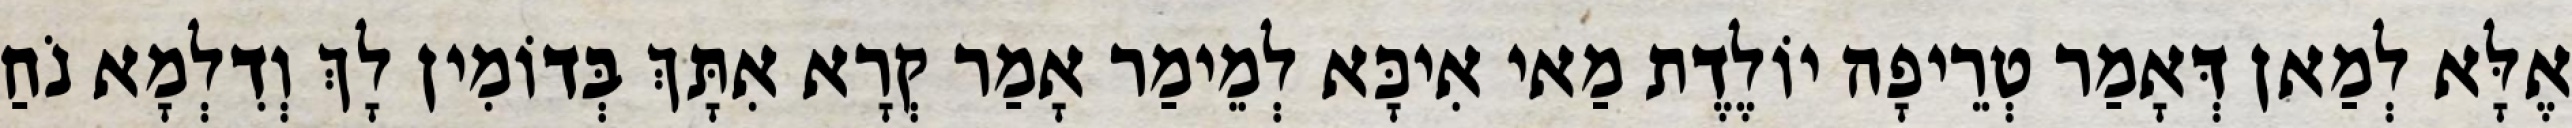
אֶלָּא לְמַאן דְּאָמַר טְרֵיפָה יוֹלֶדֶת מַאי אִיכָּא לְמֵימַר אָמַר קְרָא אִתָּךְ בְּדוֹמִין לָךְ וְדִלְמָא נֹחַ